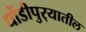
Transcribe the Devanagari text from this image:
धोंडीपुर्‍यातील